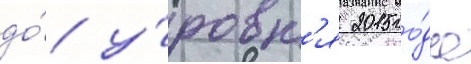
до́ у́ровн'я 2015 го́да